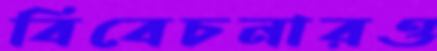
বিবেচনারও